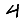
Digit: 4